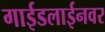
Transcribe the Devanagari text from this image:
गाईडलाईनवर